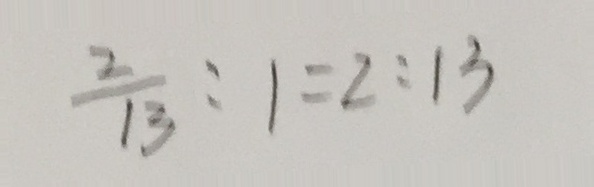
\frac { 2 } { 1 3 } : 1 = 2 : 1 3